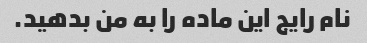
نام رایج این ماده را به من بدهید.